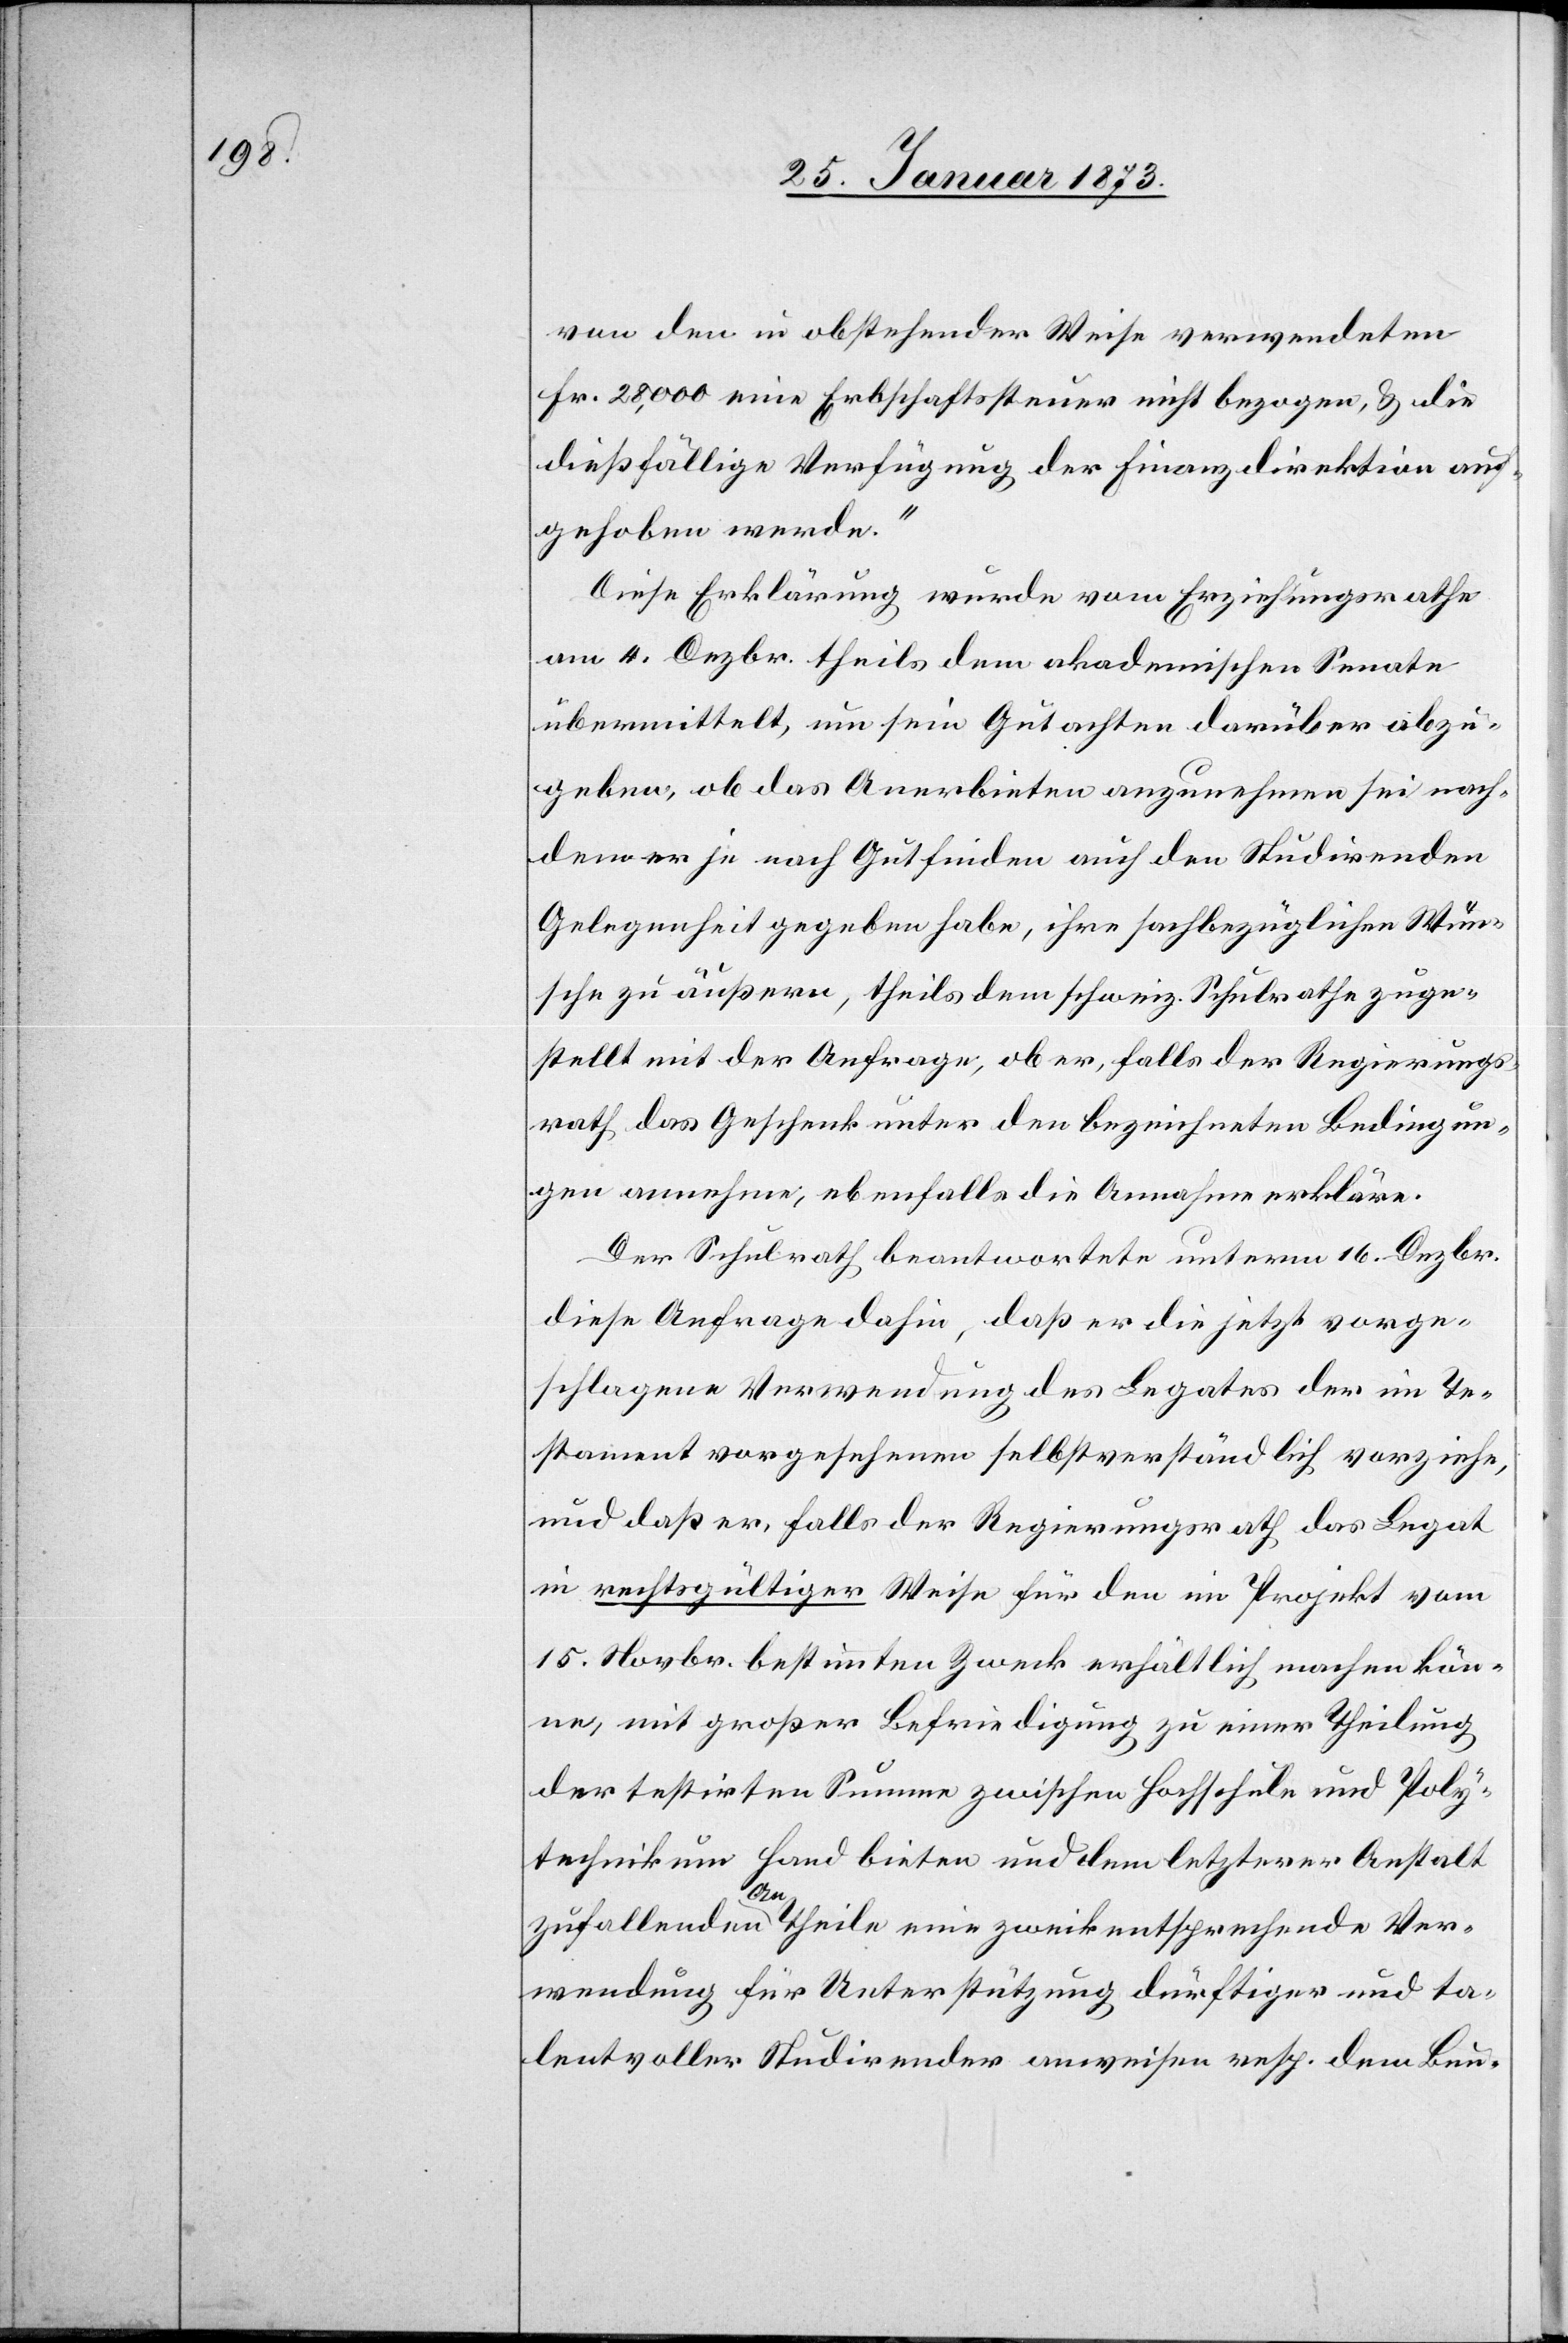
von den in abstehender Weise verwendeten
Fr. 28,000 eine Erbschaftssteuer nicht bezogen, u. die
dießfällige Verfügung der Finanzdirektion auf¬
gehoben werde.“
Diese Erklärung wurde vom Erziehungsrathe
am 4. Dezbr. theils dem akademischen Senate
übermittelt, um sein Gutachten darüber abzu¬
geben, ob das Anerbieten anzunehmen sei, nach¬
dem er ja nach Gutfinden auch den Studirenden
Gelegenheit gegeben habe, ihre sachbezüglichen Wün¬
sche zu äußern, theils dem schweiz. Schulrathe zuge¬
stellt mit der Anfrage, ob er, falls der Regierungs¬
rath das Geschenk unter den bezeichneten Bedingun¬
gen annehme, ebenfalls die Annahme erkläre.
Der Schulrath beantwortete unterm 16. Dezbr.
diese Anfrage dahin, daß er die jetzt vorge¬
schlagene Verwendung des Legates der im Te¬
stament vorgesehenen selbstverständlich vorziehe,
und daß er, falls der Regierungsrath das Legat
in rechtsgültiger Weise für den im Projekt vom
15. Novbr. bestimmten Zweck erhältlich machen kön¬
ne, mit großer Befriedigung zu einer Theilung
der testirten Summe zwischen Hochschule und Poly¬
technikum Hand bieten und dem letzterer Anstalt
zufallenden Antheile eine zweckentsprechende Ver¬
wendung für Unterstützung dürftiger und ta¬
lentvoller Studirender anweisen resp. dem Bun-